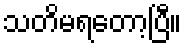
သတိမရတော့ပြီ။